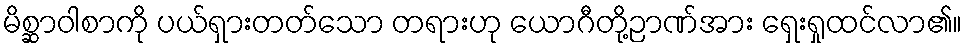
မိစ္ဆာဝါစာကို ပယ်ရှားတတ်သော တရားဟု ယောဂီတို့ဉာဏ်အား ရှေးရှုထင်လာ၏။